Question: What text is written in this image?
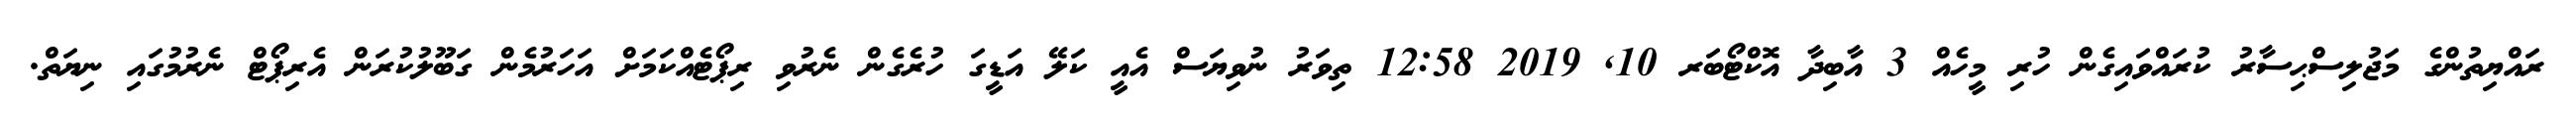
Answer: ރައްޔިތުންގެ މަޖުލިސްޙިސާރު ކުރައްވައިގެން ހުރި މީހެއް 3 އާބިދާ އޮކްޓޯބަރ 10, 2019 12:58 ތިވަރު ނުވިޔަސް އެއީ ކަލޭ އަޑީގަ ހުރެގެން ނެރުވި ރިޕޯޓެއްކަމަށް އަހަރުމެން ގަބޫލުކުރަން އެރިޕޯޓް ނެރުމުގައި ނިޔަތް.